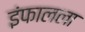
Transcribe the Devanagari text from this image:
इंफालला